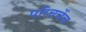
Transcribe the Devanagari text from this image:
परिचर्चेच